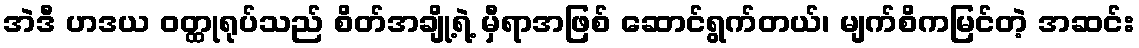
အဲဒီ ဟဒယ ဝတ္ထုရုပ်သည် စိတ်အချို့ရဲ့ မှီရာအဖြစ် ဆောင်ရွက်တယ်၊ မျက်စိကမြင်တဲ့ အဆင်း